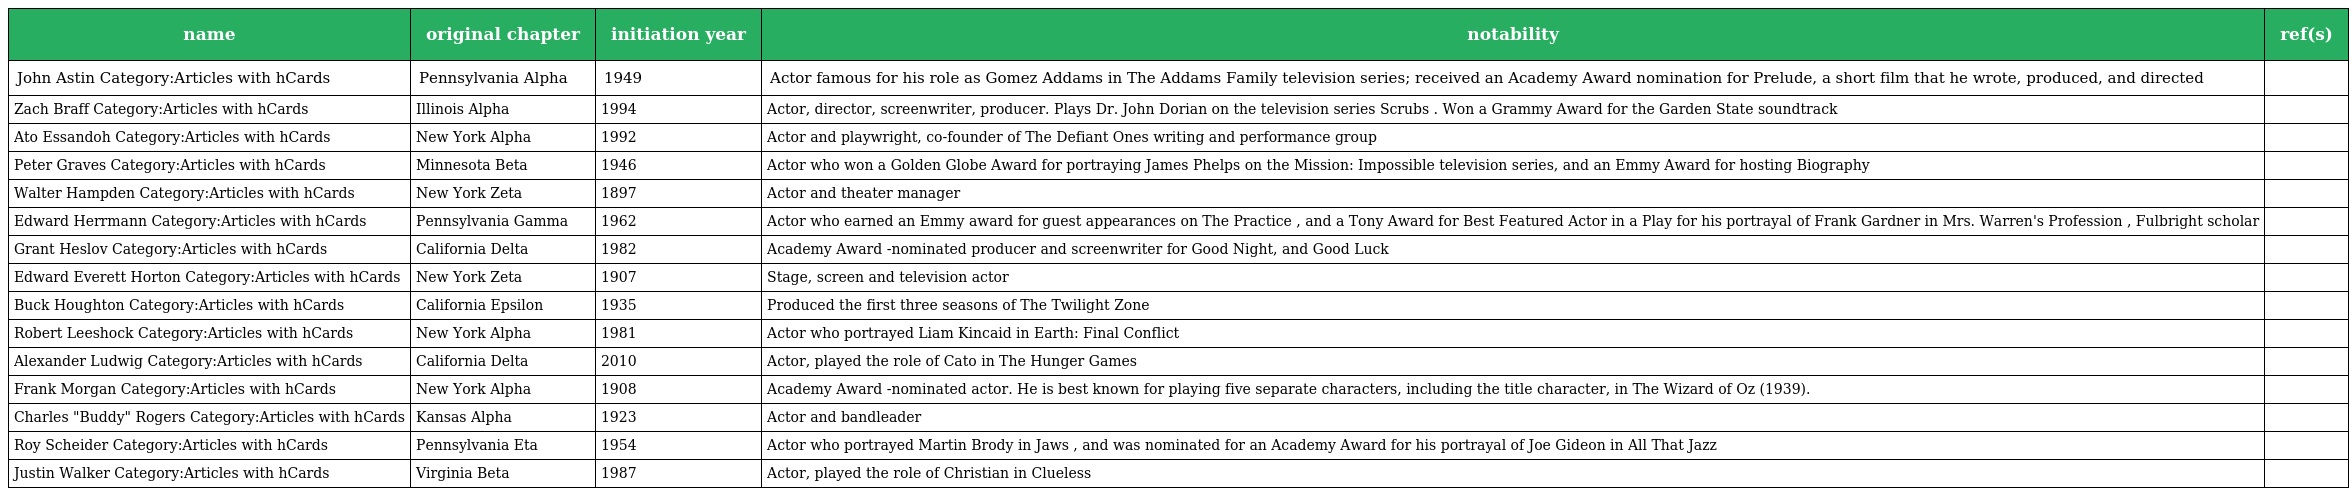
| name | original chapter | initiation year | notability | ref(s) |
 | --- | --- | --- | --- | --- |
 | John Astin Category:Articles with hCards | Pennsylvania Alpha | 1949 | Actor famous for his role as Gomez Addams in The Addams Family television series; received an Academy Award nomination for Prelude, a short film that he wrote, produced, and directed |  |
 | Zach Braff Category:Articles with hCards | Illinois Alpha | 1994 | Actor, director, screenwriter, producer. Plays Dr. John Dorian on the television series Scrubs . Won a Grammy Award for the Garden State soundtrack |  |
 | Ato Essandoh Category:Articles with hCards | New York Alpha | 1992 | Actor and playwright, co-founder of The Defiant Ones writing and performance group |  |
 | Peter Graves Category:Articles with hCards | Minnesota Beta | 1946 | Actor who won a Golden Globe Award for portraying James Phelps on the Mission: Impossible television series, and an Emmy Award for hosting Biography |  |
 | Walter Hampden Category:Articles with hCards | New York Zeta | 1897 | Actor and theater manager |  |
 | Edward Herrmann Category:Articles with hCards | Pennsylvania Gamma | 1962 | Actor who earned an Emmy award for guest appearances on The Practice , and a Tony Award for Best Featured Actor in a Play for his portrayal of Frank Gardner in Mrs. Warren's Profession , Fulbright scholar |  |
 | Grant Heslov Category:Articles with hCards | California Delta | 1982 | Academy Award -nominated producer and screenwriter for Good Night, and Good Luck |  |
 | Edward Everett Horton Category:Articles with hCards | New York Zeta | 1907 | Stage, screen and television actor |  |
 | Buck Houghton Category:Articles with hCards | California Epsilon | 1935 | Produced the first three seasons of The Twilight Zone |  |
 | Robert Leeshock Category:Articles with hCards | New York Alpha | 1981 | Actor who portrayed Liam Kincaid in Earth: Final Conflict |  |
 | Alexander Ludwig Category:Articles with hCards | California Delta | 2010 | Actor, played the role of Cato in The Hunger Games |  |
 | Frank Morgan Category:Articles with hCards | New York Alpha | 1908 | Academy Award -nominated actor. He is best known for playing five separate characters, including the title character, in The Wizard of Oz (1939). |  |
 | Charles "Buddy" Rogers Category:Articles with hCards | Kansas Alpha | 1923 | Actor and bandleader |  |
 | Roy Scheider Category:Articles with hCards | Pennsylvania Eta | 1954 | Actor who portrayed Martin Brody in Jaws , and was nominated for an Academy Award for his portrayal of Joe Gideon in All That Jazz |  |
 | Justin Walker Category:Articles with hCards | Virginia Beta | 1987 | Actor, played the role of Christian in Clueless |  |